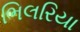
ભિલરિયા